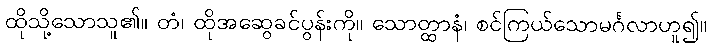
ထိုသို့သောသူ၏။ တံ၊ ထိုအဆွေခင်ပွန်းကို။ သောတ္ထာနံ၊ စင်ကြယ်သောမင်္ဂလာဟူ၍။